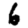
Digit: 6